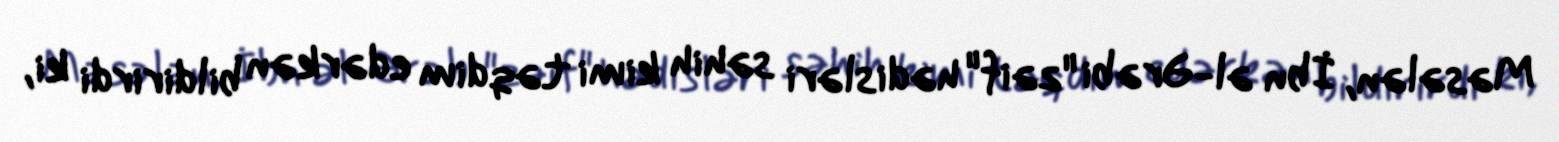
Məsələn, İbn əl-Ərəbi "zəif" hədisləri səhih kimi təqdim edərkən bildirirdi ki,